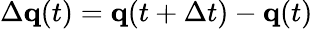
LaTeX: \Delta\mathbf{q}(t)=\mathbf{q}(t+\Delta t)-\mathbf{q}(t)